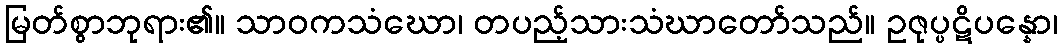
မြတ်စွာဘုရား၏။ သာဝကသံဃော၊ တပည့်သားသံဃာတော်သည်။ ဥဇုပ္ပဋိပန္နော၊